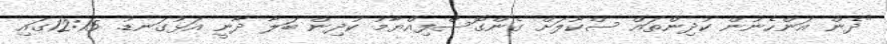
"ދެން އަންހެނުން ކުދިންތައް ސްކޫލަށް ގެންގޮސްފިއްޔާމު ކުދިން ބަލާ ދާނީ އަޅުގަނޑު. 12:15ގައި